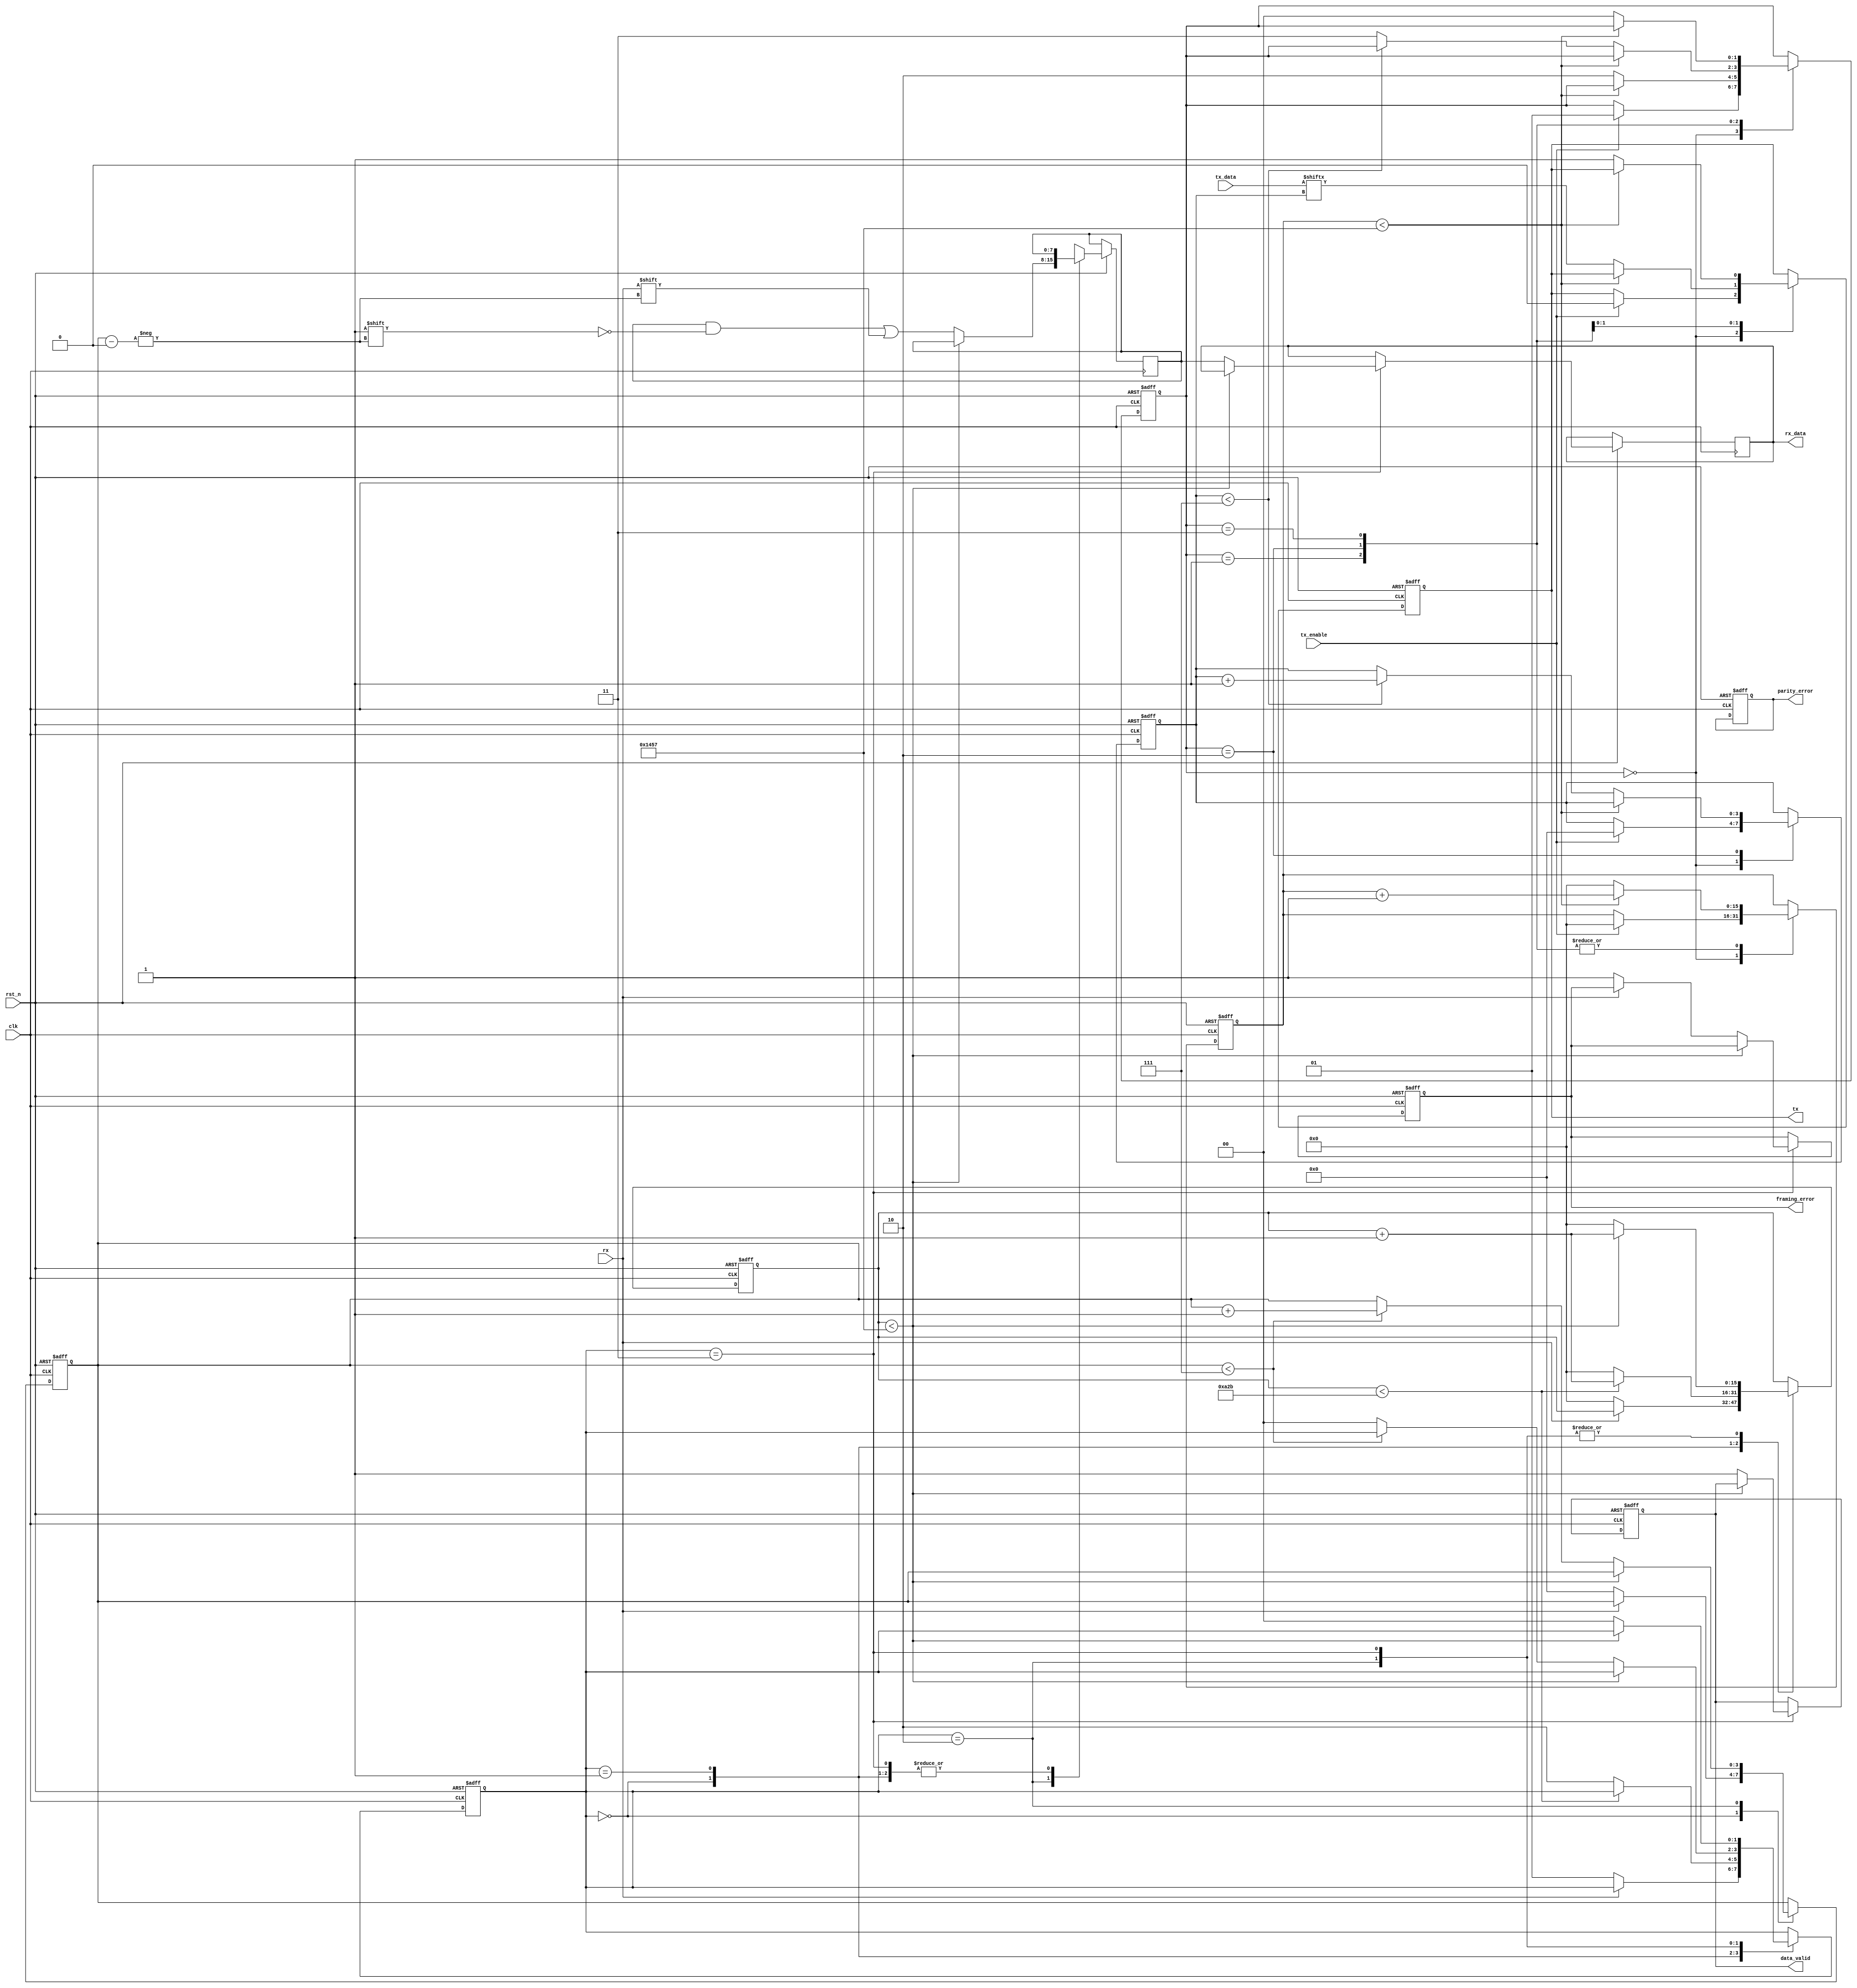
module param_uart #(
    parameter BAUD_RATE = 9600,
    parameter DATA_BITS = 8,
    parameter STOP_BITS = 1,
    parameter PARITY = "NONE", // Options: "NONE", "EVEN", "ODD"
    parameter CLOCK_FREQ = 50000000 // 50 MHz
)(
    input wire clk,
    input wire rst_n,
    input wire tx_enable,
    input wire [DATA_BITS-1:0] tx_data,
    output wire tx, // Serial transmit line
    input wire rx, // Serial receive line
    output reg [DATA_BITS-1:0] rx_data,
    output reg data_valid,
    output reg parity_error,
    output reg framing_error
);
    
    // Constants
    localparam BIT_PERIOD = CLOCK_FREQ / BAUD_RATE;
    localparam BIT_COUNT = DATA_BITS + STOP_BITS + (PARITY != "NONE" ? 1 : 0);
    localparam TX_IDLE = 2'b00, TX_START = 2'b01, TX_DATA = 2'b10, TX_STOP = 2'b11;

    // State for transmitting
    reg [1:0] tx_state;
    reg [3:0] tx_bit_cnt;
    reg [15:0] tx_counter;
    
    // Transmitter logic
    always @(posedge clk or negedge rst_n) begin
        if (!rst_n) begin
            tx <= 1'b1; // Idle high
            tx_state <= TX_IDLE;
            tx_bit_cnt <= 0;
            tx_counter <= 0;
        end else begin
            case (tx_state)
                TX_IDLE: begin
                    if (tx_enable) begin
                        tx <= 1'b0; // Start bit
                        tx_state <= TX_START;
                        tx_bit_cnt <= 0;
                        tx_counter <= 0;
                    end
                end
                
                TX_START: begin
                    if (tx_counter < BIT_PERIOD-1) begin
                        tx_counter <= tx_counter + 1;
                    end else begin
                        tx_counter <= 0;
                        tx_state <= TX_DATA;
                    end
                end

                TX_DATA: begin
                    if (tx_counter < BIT_PERIOD-1) begin
                        tx_counter <= tx_counter + 1;
                    end else begin
                        tx_counter <= 0;
                        tx <= tx_data[tx_bit_cnt]; // Send data bit
                        if (tx_bit_cnt < DATA_BITS - 1) begin
                            tx_bit_cnt <= tx_bit_cnt + 1;
                        end else if (PARITY != "NONE") begin
                            tx_bit_cnt <= 0; // Reset for parity bit
                            tx_state <= TX_STOP;
                            tx <= (PARITY == "EVEN" ? ^tx_data : ~^tx_data); // Parity bit
                        end else begin
                            tx_state <= TX_STOP; // Move to stop bits
                        end
                    end
                end

                TX_STOP: begin
                    if (tx_counter < BIT_PERIOD-1) begin
                        tx_counter <= tx_counter + 1;
                    end else begin
                        tx_counter <= 0;
                        if (STOP_BITS == 2) begin
                            tx_bit_cnt <= 1; // Transmitting the second stop bit
                        end else begin
                            tx <= 1'b1; // Stop bit high
                            tx_state <= TX_IDLE;
                        end
                    end
                end
            endcase
        end
    end

    // Receiver logic
    reg [1:0] rx_state;
    reg [3:0] rx_bit_cnt;
    reg [15:0] rx_counter;
    reg [DATA_BITS-1:0] rx_buf;

    localparam RX_IDLE = 2'b00, RX_START = 2'b01, RX_DATA = 2'b10, RX_STOP = 2'b11;

    always @(posedge clk or negedge rst_n) begin
        if (!rst_n) begin
            data_valid <= 0;
            parity_error <= 0;
            framing_error <= 0;
            rx_state <= RX_IDLE;
            rx_bit_cnt <= 0;
            rx_counter <= 0;
        end else begin
            case (rx_state)
                RX_IDLE: begin
                    if (rx == 1'b0) begin // Detect start bit
                        rx_state <= RX_START;
                        rx_bit_cnt <= 0;
                        rx_counter <= 0;
                    end
                end
                
                RX_START: begin
                    if (rx_counter < (BIT_PERIOD / 2) - 1) begin
                        rx_counter <= rx_counter + 1; // Wait for middle of start bit
                    end else begin
                        rx_counter <= 0;
                        rx_state <= RX_DATA;
                    end
                end
                
                RX_DATA: begin
                    if (rx_counter < BIT_PERIOD-1) begin
                        rx_counter <= rx_counter + 1; // Track bit period
                    end else begin
                        rx_counter <= 0;
                        rx_buf[rx_bit_cnt] <= rx; // Store data bit
                        if (rx_bit_cnt < DATA_BITS - 1) begin
                            rx_bit_cnt <= rx_bit_cnt + 1; // Proceed to the next bit
                        end else begin
                            rx_state <= (PARITY != "NONE") ? RX_STOP : RX_IDLE; // Check for parity or go idle
                        end
                    end
                end

                RX_STOP: begin
                    if (rx_counter < BIT_PERIOD-1) begin
                        rx_counter <= rx_counter + 1;
                    end else begin
                        rx_counter <= 0;
                        if (rx == 1'b0) begin
                            framing_error <= 1; // Error if stop bit is low
                        end
                        // Handle parity check if needed
                        if (PARITY != "NONE") begin
                            if (PARITY == "EVEN" && ^rx_buf !== 1'b0) begin
                                parity_error <= 1; // Error if parity is incorrect
                            end else if (PARITY == "ODD" && ^rx_buf !== 1'b1) begin
                                parity_error <= 1; // Error if parity is incorrect
                            end
                        end
                        data_valid <= 1;
                        rx_data <= rx_buf; // Output received data
                        rx_state <= RX_IDLE; // Go back to idle state
                    end
                end
            endcase
        end
    end
endmodule